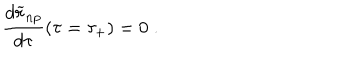
{ \frac { d { \widetilde r } _ { n p } } { d \tau } } ( \tau = \tau _ { + } ) = 0 \; .